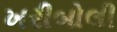
ખરીબોલી